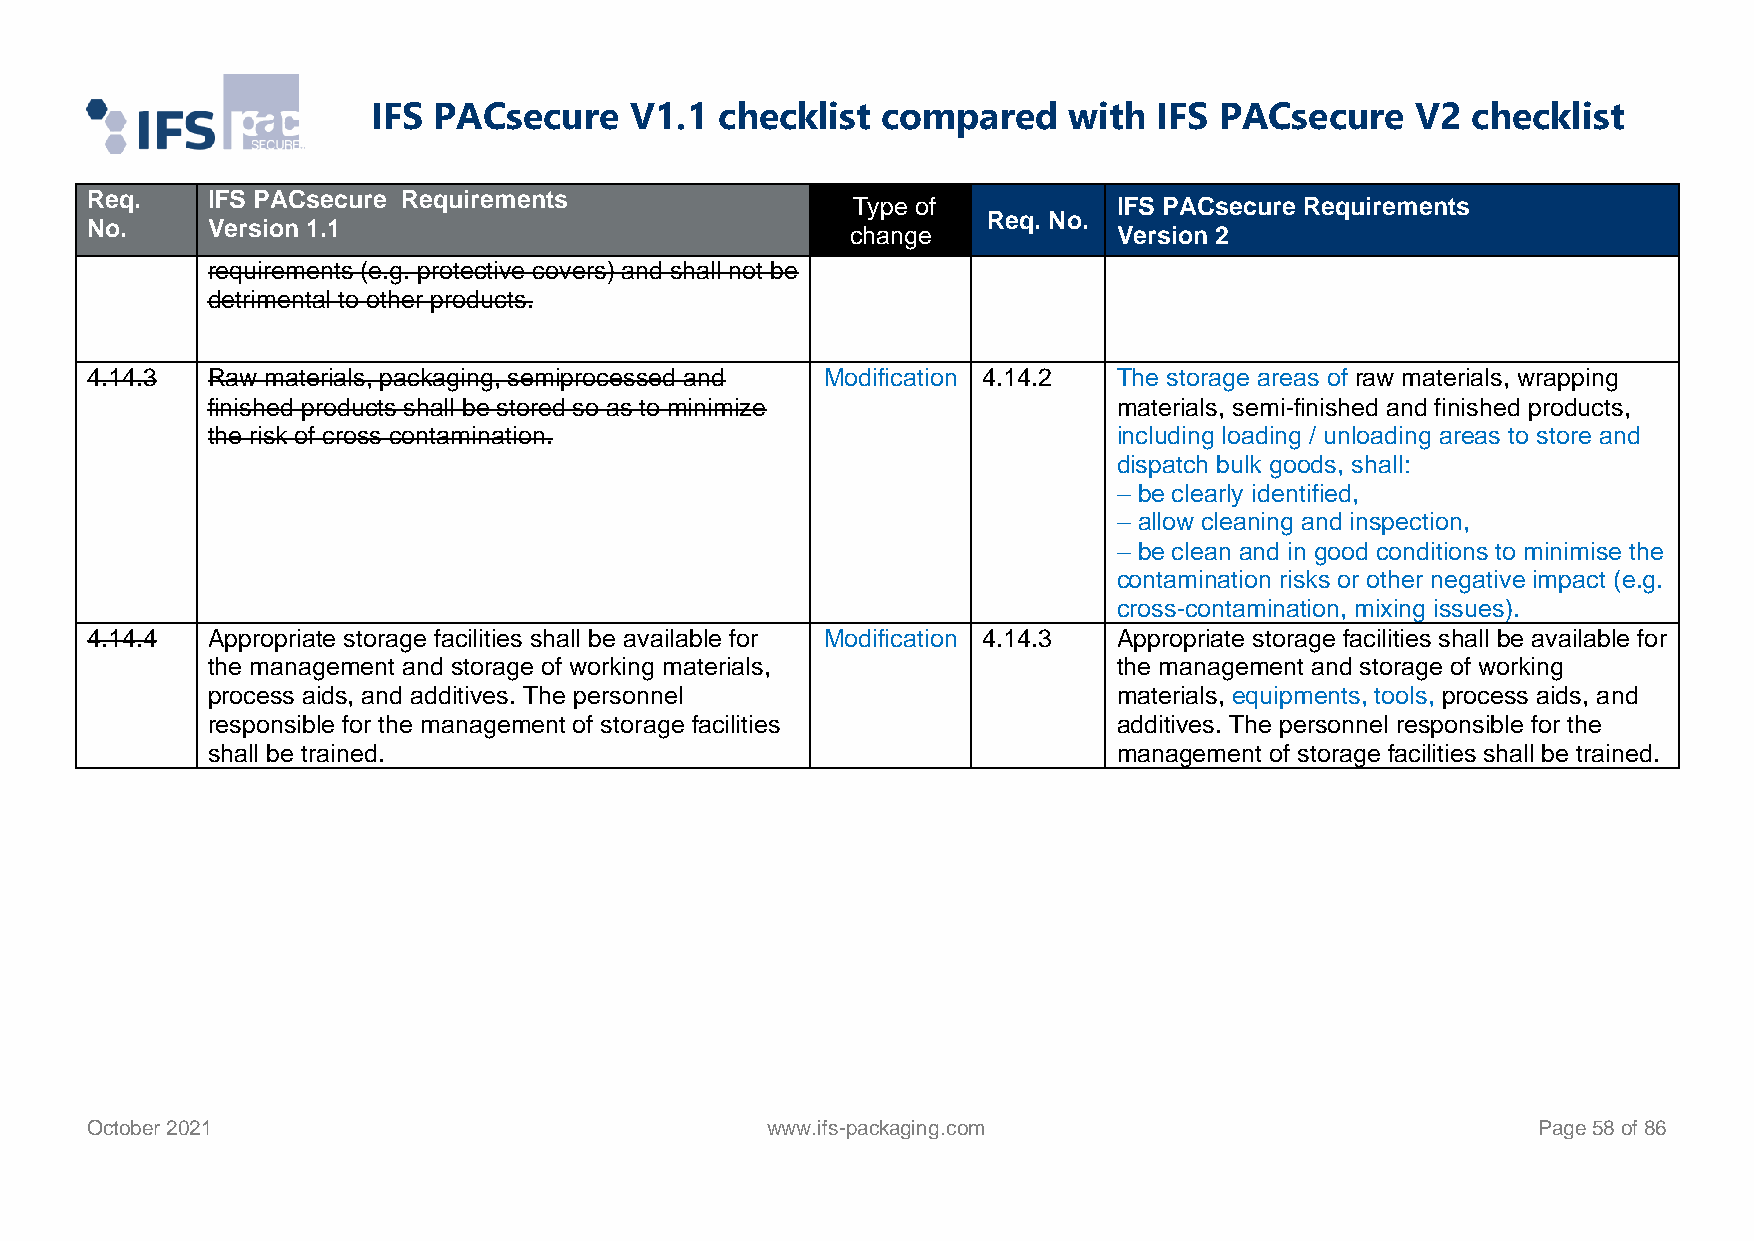
IFS PACsecure    V1.1  checklist compared     with  IFS PACsecure    V2 checklist
 Req.    IFS PACsecure Requirements
 Type of           IFS PACsecure Requirements
 Req. No.
 No.     Version 1.1                               change            Version 2
 requirements (e.g. protective covers) and shall not be
 detrimental to other products.
 4.14.3  Raw materials, packaging, semiprocessed and Modification 4.14.2 The storage areas of raw materials, wrapping
 finished products shall be stored so as to minimize         materials, semi-finished and finished products,
 the risk of cross contamination.                            including loading / unloading areas to store and
 dispatch bulk goods, shall:
 – be clearly identified,
 – allow cleaning and inspection,
 – be clean and in good conditions to minimise the
 contamination risks or other negative impact (e.g.
 cross-contamination, mixing issues).
 4.14.4  Appropriate storage facilities shall be available for Modification 4.14.3 Appropriate storage facilities shall be available for
 the management and storage of working materials,            the management and storage of working
 process aids, and additives. The personnel                  materials, equipments, tools, process aids, and
 responsible for the management of storage facilities        additives. The personnel responsible for the
 shall be trained.                                           management of storage facilities shall be trained.
 October 2021                                 www.ifs-packaging.com                              Page 58 of 86